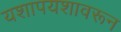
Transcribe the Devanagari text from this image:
यशापयशावरून